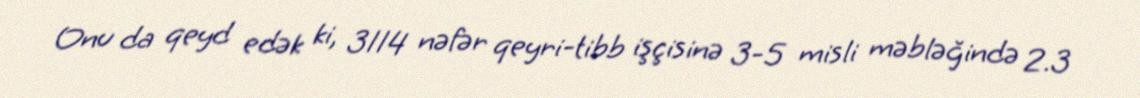
Onu da qeyd edək ki, 3114 nəfər qeyri-tibb işçisinə 3-5 misli məbləğində 2.3